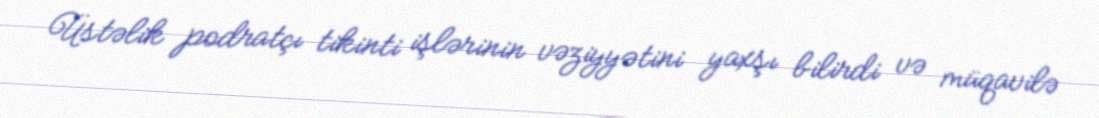
Üstəlik podratçı tikinti işlərinin vəziyyətini yaxşı bilirdi və müqavilə